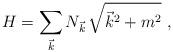
LaTeX: \begin{align*}H = \sum_{\vec{k}} N_{\vec{k}} \, \sqrt{\vec{k}^2+m^2} \,\, ,\end{align*}